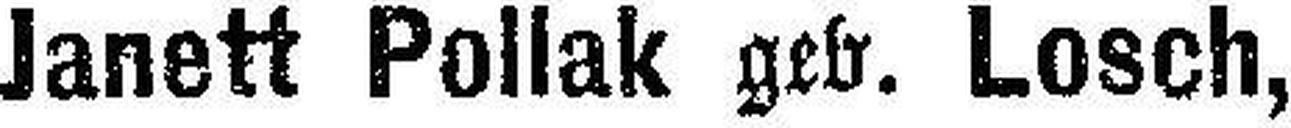
Janett Pollak geb. Losch,